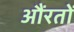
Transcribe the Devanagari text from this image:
औंरतों